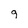
Character: 9